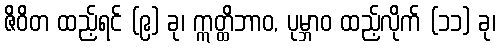
ဇိဝိတ ထည့်ရင် (၉) ခု၊ ဣတ္ထိဘာဝ, ပုမ္ဘာဝ ထည့်လိုက် (၁၁) ခု၊